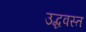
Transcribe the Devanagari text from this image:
उद्धवस्‍त